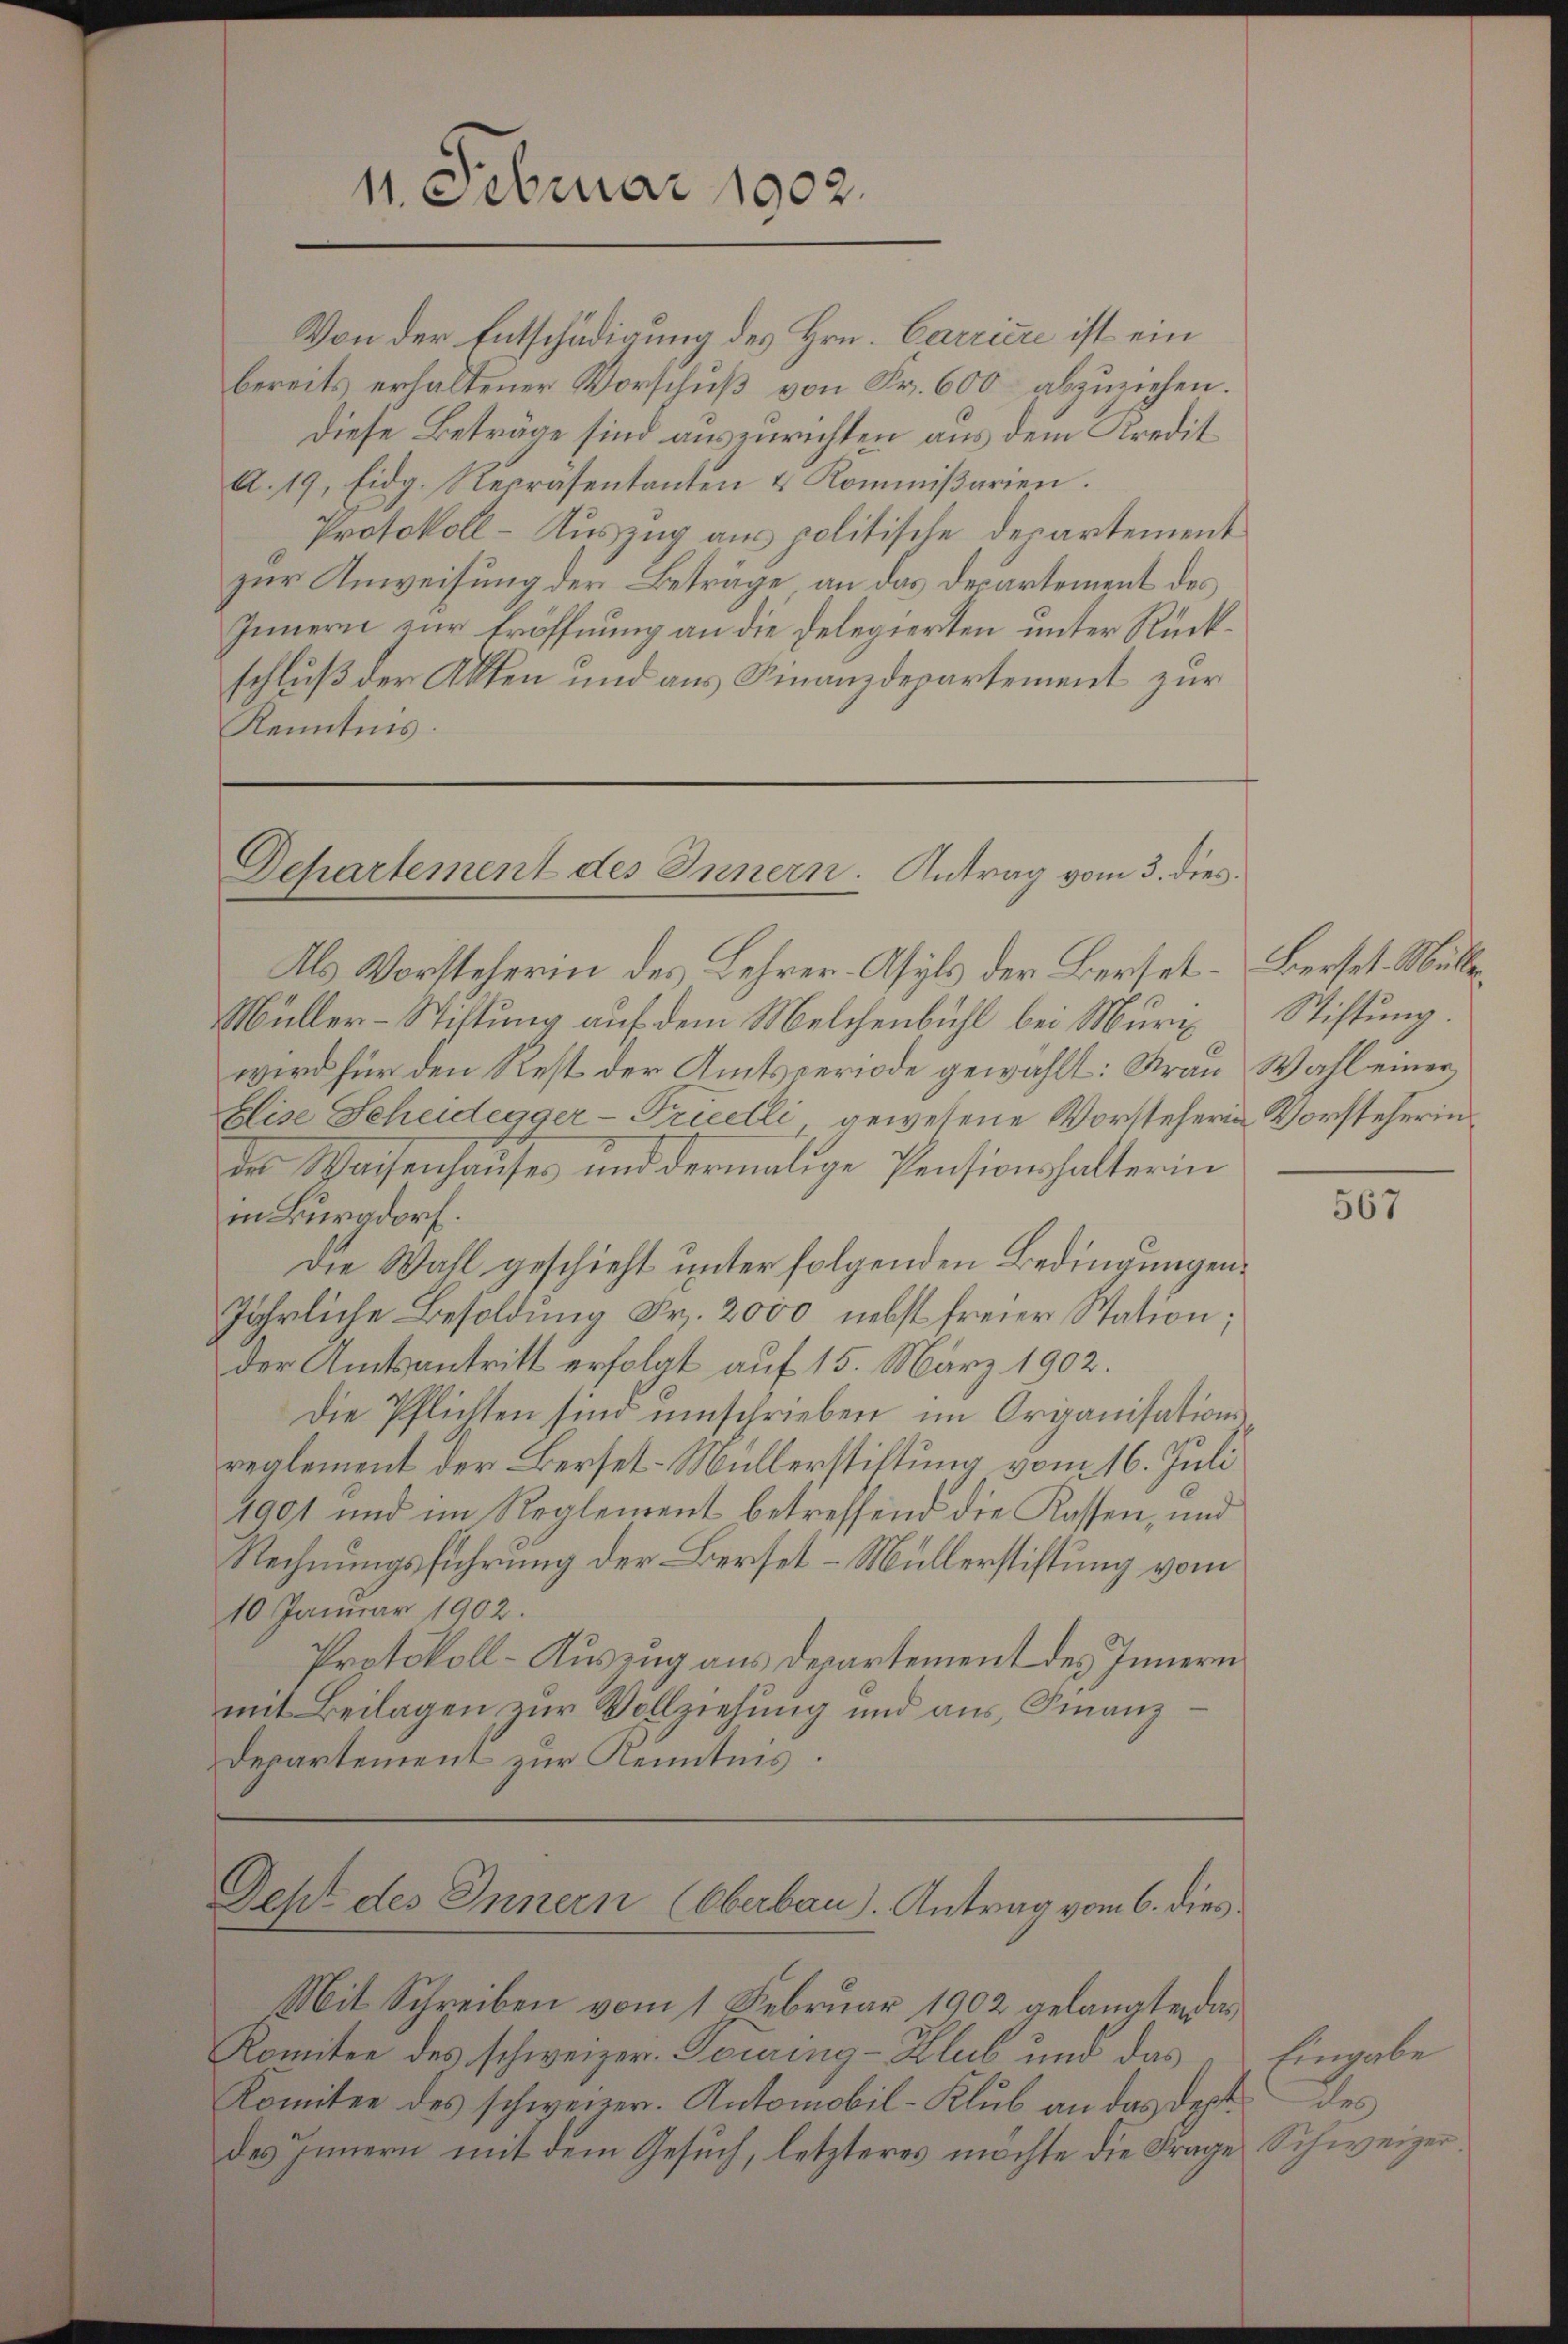
Von der Entschädigung des Hrn. Carriere ist ein
bereits erhaltener Vorschuß von Fr. 600 abzuziehen.
Diese Beträge sind auszurichten aus dem Kredit
A. 19. Eidg. Repräsentanten & Kommißarien.
Protokoll - Auszug aus politische Departement
zur Anweisung der Beträge an das Departement des
Innern zur Eröffnung an die Delegierten unter Rückschluß der Akten und aus Finanzdepartement zur
Kenntnis.

11. Februar 1902.

Departement des Innern. Antrag vom 3. dies
Als Vorsteherin des Lehrer-Asyls der Berset-Berset. Mülle

Müller-Stiftung auf dem Melchenbühl bei Muri
wird für den Rest der Amtsperiode gewählt: Frau Wahl einer
Elise Scheidegger-Friedtli gewesene Vorsteherin Vorsteherin
des Waisenhauses und dermalige Pensionshalterin
in Burgdorf.
Die Wahl geschieht unter folgenden Bedingungen.
jährliche Besoldung Fr. 2000 nebst freier Station;
der Amtsantritt erfolgt auf 15. März 1902.
Die Pflichten sind umschrieben im Organisation
reglement der Berset-Müllerstiftung vom 16. Juli
1901 und im Reglement betreffend die Kassen, und
Rechnungsführung der Berset-Müllerstiftung vom
10 Januar 1902.
Protokoll - Auszug aus Departement des Innern
mit Beilagen zur Vollziehung und aus Finanz¬
Departement zur Kenntnis.

Dept des Innern (Oberbau. Antrag vom 6. dies

Mit Schreiben vom 1 Februar 1902 gelangten das
Komitee des schweizer. Touring-Klub und das
Komitee des schweizer. Antomobil-Klub an das deptdes Innern mit dem Gesuch, letzteres möchte die Frage Schweizer

Stiftung.

567

Eingabe
Des